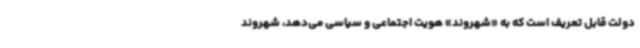
دولت قابل تعریف است که به «شهروند» هویت اجتماعی و سیاسی می‌دهد، شهروند